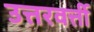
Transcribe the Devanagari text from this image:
उत्तरवर्त्ती